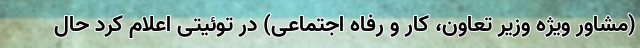
(مشاور ویژه وزیر تعاون، کار و رفاه اجتماعی) در توئیتی اعلام کرد حال